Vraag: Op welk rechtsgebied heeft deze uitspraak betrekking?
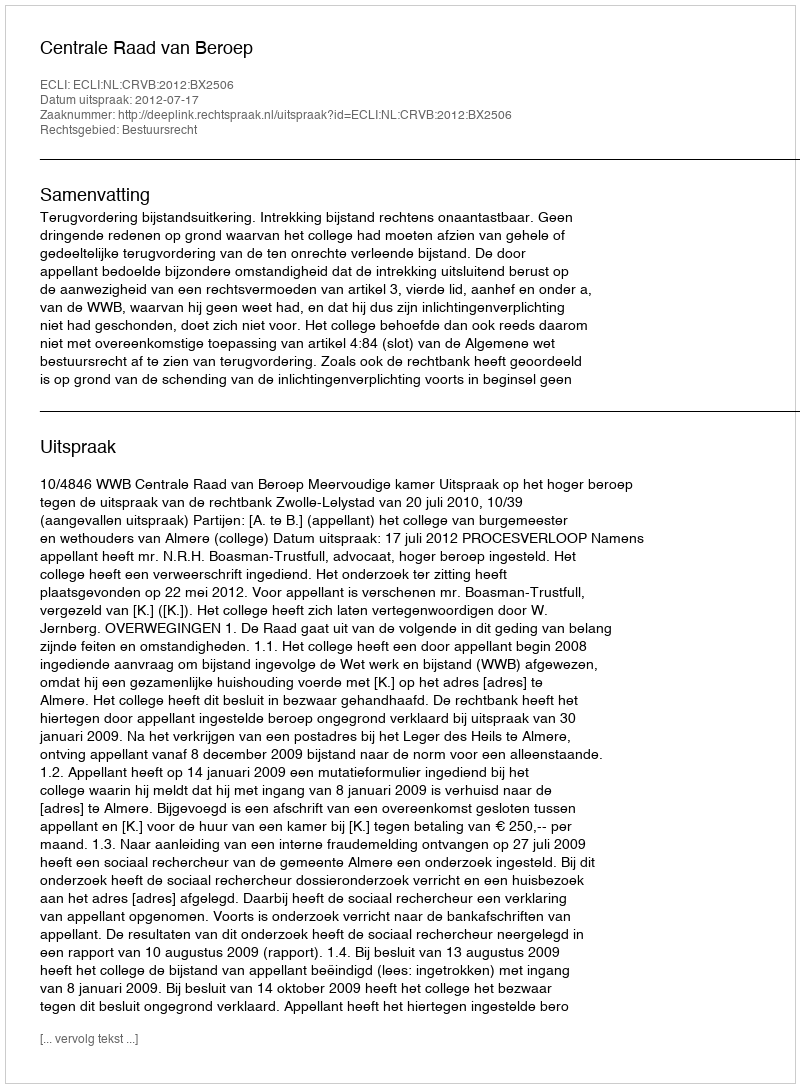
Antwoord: Bestuursrecht